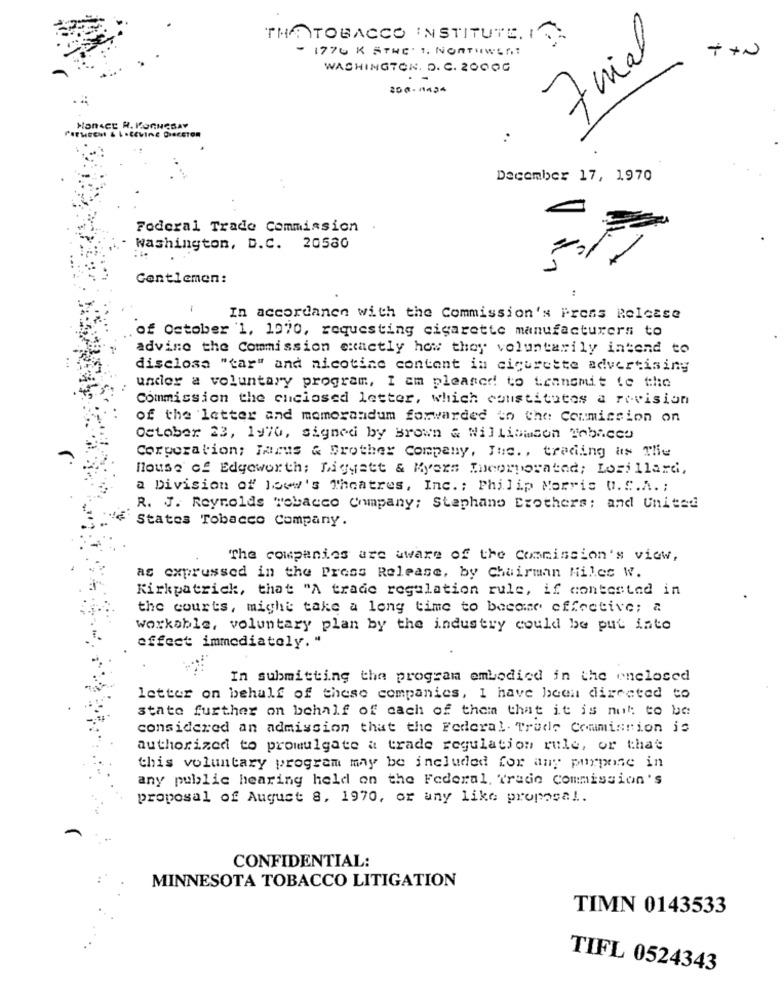
THATOBACCO INSTITUTE. IN.
- 1770 K STHE' 1, NORTHWEST
Frial
++N
WASHINGTON, D. C. 20000
. -
200- na34
HonACE R. ROGNCSAY
December 17, 1970
Federal Trade Commission .
washington, D.C. 20580
Gentlemen:
In accordanen with the Commission's Press Release
of October 1, 1970, requesting cigarette manufacturers to
advino the Commission exactly how they voluntarily intend to
disclose "tar" and nicotine content in cigurette advertising
under a voluntary program, I am pleased to tennomit to the
Commission the enclosed letter, which constitutes a revision
of the letter and memorandum forwarded to the Commission on
October 23, 1970, signed by Brown & Williamson Tobacco
Corporation; Hamus & Brother Company, Inc ., trading as The
house of Edgeworth; Ligyatt & Myers Theorporated; Lorillard,
a Division of loww's Theatres, Inc .; Philip Morris O.C.A. ;
R. J. Reynolds wobacco Company; Stephano Brothers; and United
States Tobacco Company.
The companies are aware of the Commission's view,
as expressed in the Press Release, by Chairman Miles W.
Kirkpatrick, that "A trade regulation rule, if contested in
the courts, might take a long time to become effective; a
Workable, voluntary plan by the industry could be put into
effect immediately. "
In submitting the program embodied in the enclosed
letter on behalf of these companies, I have been directed to
stato further on behalf of cach of them that it is not to be
considered an admission that the Federal Trade Commission is
authorized to promulgate a trade regulation rule, or that
this voluntary program may be included for any purpose in
any public hearing held on the Federal Trade commission's
proposal of August 8, 1970, or any like proposal ..
CONFIDENTIAL:
MINNESOTA TOBACCO LITIGATION
TIMN 0143533
TIFL 0524343